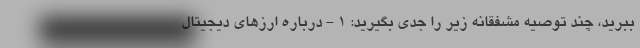
ببرید، چند توصیه مشفقانه زیر را جدی بگیرید: 1 - درباره ارزهای دیجیتال